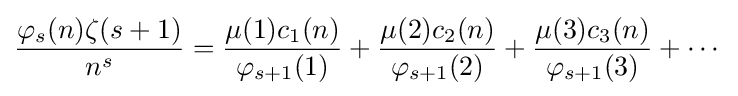
{\frac {\varphi _{s}(n)\zeta (s+1)}{n^{s}}}={\frac {\mu (1)c_{1}(n)}{\varphi _{s+1}(1)}}+{\frac {\mu (2)c_{2}(n)}{\varphi _{s+1}(2)}}+{\frac {\mu (3)c_{3}(n)}{\varphi _{s+1}(3)}}+\cdots